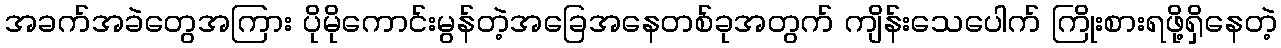
အခက်အခဲတွေအကြား ပိုမိုကောင်းမွန်တဲ့အခြေအနေတစ်ခုအတွက် ကျိန်းသေပေါက် ကြိုးစားရဖို့ရှိနေတဲ့